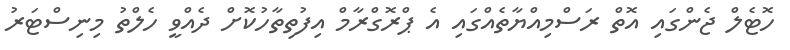
ހޮޓެލް ޖެންގައި އޮތް ރަސްމިއްޔާތެއްގައި އެ ޕްރޮގްރާމް އިފުތިތާހުކޮށް ދެއްވީ ހެލްތު މިނިސްޓަރު